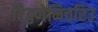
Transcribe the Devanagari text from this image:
रिट्ठणेमिचरिउ